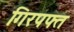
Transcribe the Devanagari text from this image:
गिरपफ्त